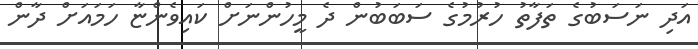
އަދި ނަސަބުގެ ތަފާތު ހުރުމުގެ ސަބަބުން ދެ މީހުންނަށް ކައިވެންޏާ ހަމައަށް ދާން